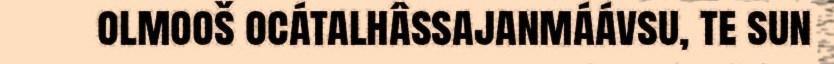
olmooš ocátalhâssajanmáávsu, te sun